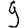
Digit: 9